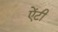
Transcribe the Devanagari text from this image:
एेंटी